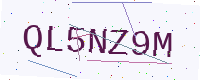
Text: QL5NZ9M